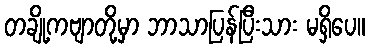
တချို့ကဗျာတို့မှာ ဘာသာပြန်ပြီးသား မရှိပေ။